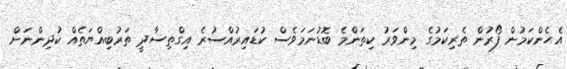
އެހެންކަމުން ފޯރުން ތެރިކަމުގެ މިންވަރު ކިތަންމެ ބޮޑުނަމަވެސް ކުޑައިރުއްސުރެ އިގްތިސާދީ ތަރުބިއްޔަތެއް ކުދިންނަށް